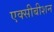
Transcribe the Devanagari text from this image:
एक्सीबीशन